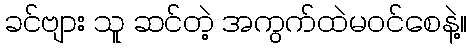
ခင်ဗျား သူ ဆင်တဲ့ အကွက်ထဲမဝင်စေနဲ့။